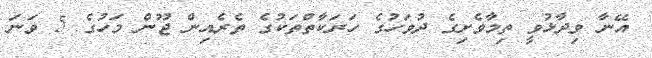
އޭނާ ވިދާޅުވީ ތިމާވެށިގެ ދުވަހުގެ ހަރަކާތްތަކުގެ ތެރެއިން ޖޫން މަހުގެ 5 ވަނަ